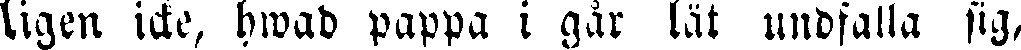
ligen icke, hwad pappa i går lät undfalla sig,